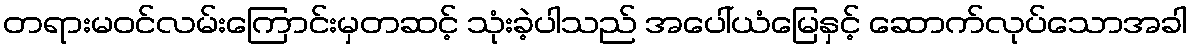
တရားမဝင်လမ်းကြောင်းမှတဆင့် သုံးခဲ့ပါသည် အပေါ်ယံမြေနှင့် ဆောက်လုပ်သောအခါ